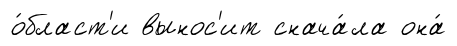
о́бласт'и вынос'ит снача́ла она́